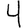
Digit: 4